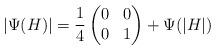
LaTeX: \begin{align*}|\Psi(H)| =\frac{1}{4}\begin{pmatrix} 0 & 0 \\ 0 & 1\end{pmatrix} + \Psi(|H|)\end{align*}